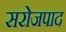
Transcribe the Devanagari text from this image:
सरोजपाद